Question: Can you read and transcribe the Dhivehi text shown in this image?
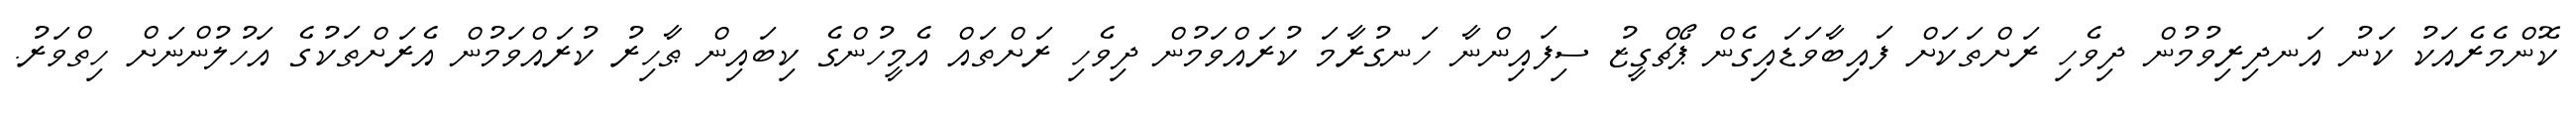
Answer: ކޮންމެރެއަކު ކަނު އަނދިރިވުމުން ދިވެހި ރަށްތަކަށް ފައިބާވަޑައިގެން ޕޯޗްގީޒު ސިފައިންނާ ހަނގުރާމަ ކުރައްވަމުން ދިވެހި ރަށްތައް އެމީހުންގެ ކިބައިން ޠާހިރު ކުރައްވަމުން އެރަށްތަކުގެ އަހުލުންނަށް ހިތްވަރު.